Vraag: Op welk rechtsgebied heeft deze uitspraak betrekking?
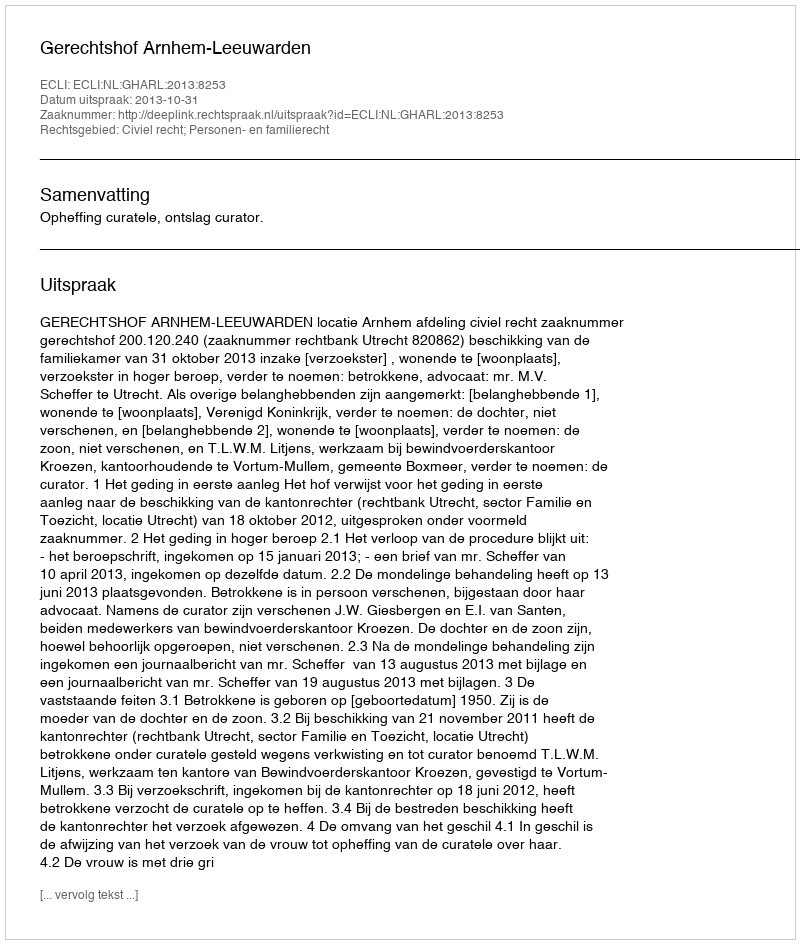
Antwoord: Civiel recht; Personen- en familierecht